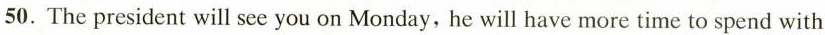
50.The president will see you on Monday, he will have more time to spend with